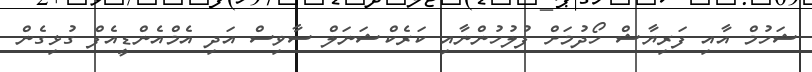
ޝަހުމް އާއި ފަރިޔާޝް ހޯދުމަށް ފުލުހުންނާއި ކަރެކްޝަނަލް ސާވިސް އަދި އެމްއެންޑީއެފް ގުޅިގެން